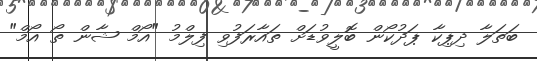
ބަތަލާ ދިޕިކާ ޕަދުކޯން ބޮލީވުޑަށް ތައާރަފުވި ފިލްމު "އޯމް ޝާން ތޯ އޯމް"